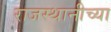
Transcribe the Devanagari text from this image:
राजस्थानीच्या